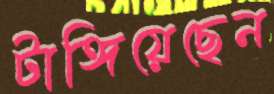
টাঙ্গিয়েছেন